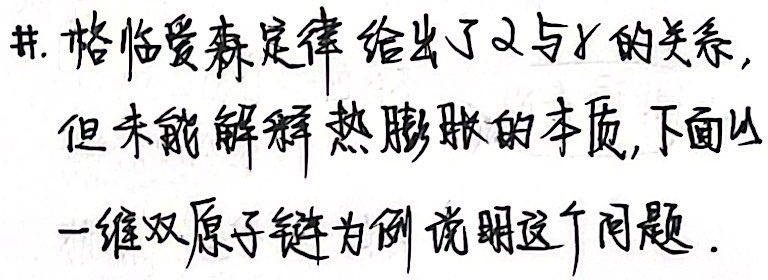
1. 格临爱森定律给出了$\alpha$与$r$的关系，但未能解释热膨胀的本质，下面以一维双原子链为例说明这个问题.